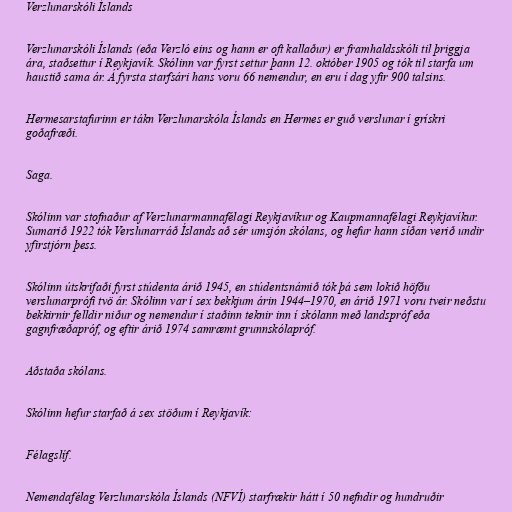
Verzlunarskóli Íslands

Verzlunarskóli Íslands (eða Verzló eins og hann er oft kallaður) er framhaldsskóli til þriggja
ára, staðsettur í Reykjavík. Skólinn var fyrst settur þann 12. október 1905 og tók til starfa um
haustið sama ár. Á fyrsta starfsári hans voru 66 nemendur, en eru í dag yfir 900 talsins.

Hermesarstafurinn er tákn Verzlunarskóla Íslands en Hermes er guð verslunar í grískri
goðafræði.

Saga.

Skólinn var stofnaður af Verzlunarmannafélagi Reykjavíkur og Kaupmannafélagi Reykjavíkur.
Sumarið 1922 tók Verslunarráð Íslands að sér umsjón skólans, og hefur hann síðan verið undir
yfirstjórn þess.

Skólinn útskrifaði fyrst stúdenta árið 1945, en stúdentsnámið tók þá sem lokið höfðu
verslunarprófi tvö ár. Skólinn var í sex bekkjum árin 1944–1970, en árið 1971 voru tveir neðstu
bekkirnir felldir niður og nemendur í staðinn teknir inn í skólann með landspróf eða
gagnfræðapróf, og eftir árið 1974 samræmt grunnskólapróf.

Aðstaða skólans.

Skólinn hefur starfað á sex stöðum í Reykjavík:

Félagslíf.

Nemendafélag Verzlunarskóla Íslands (NFVÍ) starfrækir hátt í 50 nefndir og hundruðir